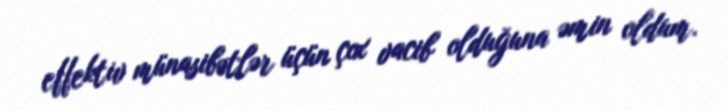
effektiv münasibətlər üçün çox vacib olduğuna əmin oldum.